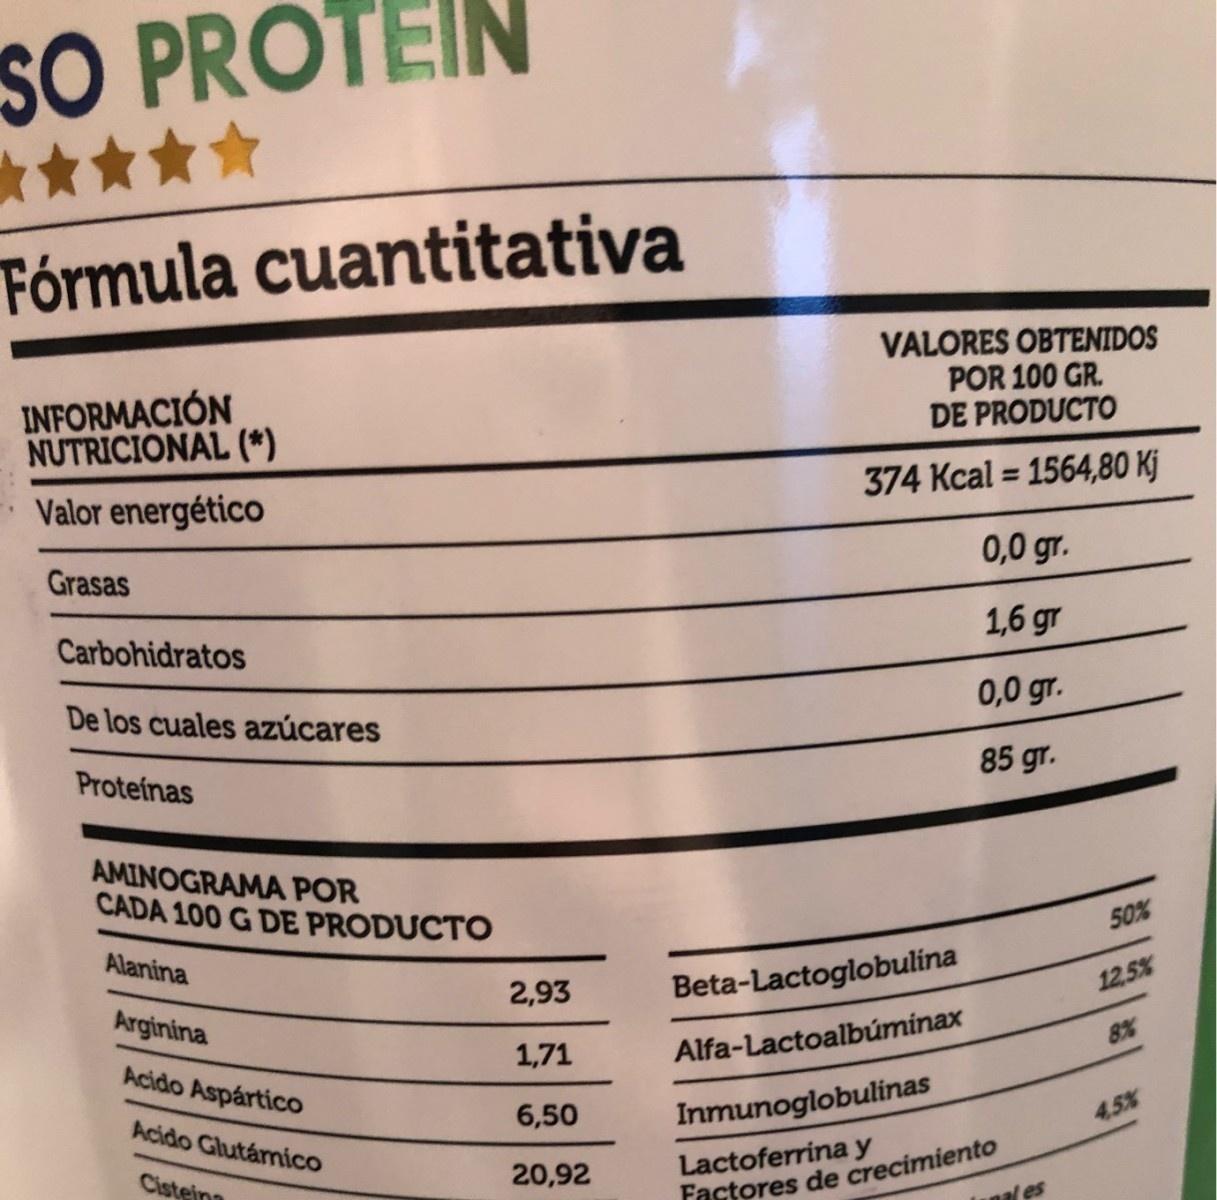
SO PROTEIN Fórmula cuantitativa INFORMACIÓN NUTRICIONAL (*) VALORES OBTENIDOS POR 100 GR. DE PRODUCTO Valor energético 374 Kcal = 1564,80 Kj %3D Grasas 0,0 gr. Carbohidratos 1,6 gr De los cuales azúcares 0,0 gr. Proteínas 85 gr. AMINOGRAMA POR CADA 100 G DE PRODUCTO Alanina 50% 2,93 Beta-Lactoglobulina Arginina 12,5% 1,71 Alfa-Lactoalbúminax Acido Aspártico 8% Acido Glutámico 6,50 Inmunoglobulinas 4.5% Lactoferrina y Factores de crecimiento Cisteina 20,92 Lunal es